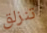
تنزلق